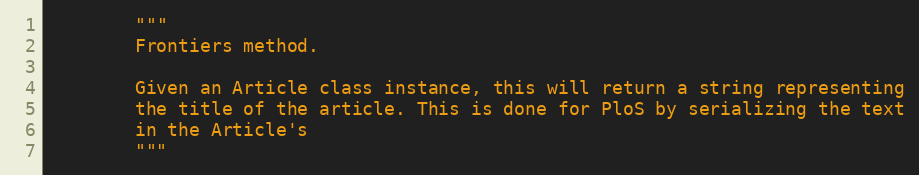
Language: Python
        """
        Frontiers method.

        Given an Article class instance, this will return a string representing
        the title of the article. This is done for PloS by serializing the text
        in the Article's
        """